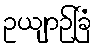
ဥယျာဉ်ခြံ